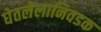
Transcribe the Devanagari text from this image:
घेतलेलानिवडक